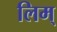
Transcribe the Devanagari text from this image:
लिम्‌